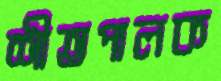
শীতপালক